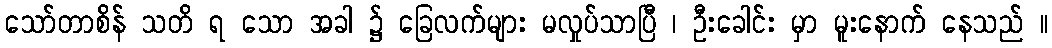
သော်တာစိန် သတိ ရ သော အခါ ၌ ခြေလက်များ မလှုပ်သာပြီ ၊ ဦးခေါင်း မှာ မူးနောက် နေသည် ။